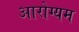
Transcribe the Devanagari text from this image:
आरोग्यम